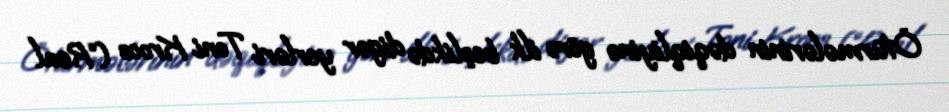
Ötürmələrinin dəqiqliyinə görə ilk beşlikdə digər yerləri Toni Kroos (“Real